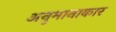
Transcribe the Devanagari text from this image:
अनुमानाकार